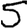
Digit: 5